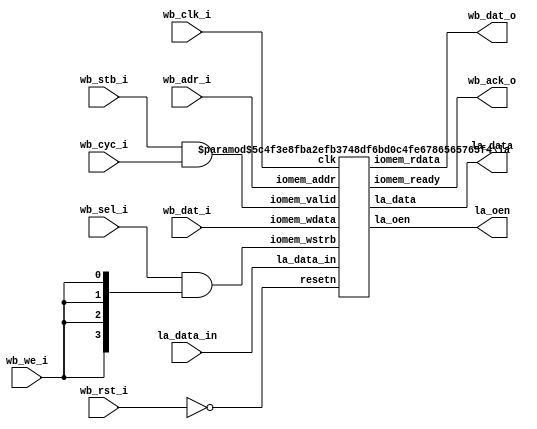
`default_nettype none
module la_wb # (
    parameter BASE_ADR  = 32'h 2200_0000,
    parameter LA_DATA_0 = 8'h00,
    parameter LA_DATA_1 = 8'h04,
    parameter LA_DATA_2 = 8'h08,
    parameter LA_DATA_3 = 8'h0c,
    parameter LA_ENA_0 = 8'h10,
    parameter LA_ENA_1 = 8'h14,
    parameter LA_ENA_2 = 8'h18,
    parameter LA_ENA_3 = 8'h1c
) (
    input wb_clk_i,
    input wb_rst_i,

    input [31:0] wb_dat_i,
    input [31:0] wb_adr_i,
    input [3:0] wb_sel_i,
    input wb_cyc_i,
    input wb_stb_i,
    input wb_we_i,

    output [31:0] wb_dat_o,
    output wb_ack_o,

    input  [127:0] la_data_in, // From MPRJ 
    output [127:0] la_data,
    output [127:0] la_oen
);

    wire resetn;
    wire valid;
    wire ready;
    wire [3:0] iomem_we;

    assign resetn = ~wb_rst_i;
    assign valid = wb_stb_i && wb_cyc_i; 

    assign iomem_we = wb_sel_i & {4{wb_we_i}};
    assign wb_ack_o = ready;

    la #(
        .BASE_ADR(BASE_ADR),
        .LA_DATA_0(LA_DATA_0),
        .LA_DATA_1(LA_DATA_1),
        .LA_DATA_2(LA_DATA_2),
        .LA_DATA_3(LA_DATA_3),
        .LA_ENA_0(LA_ENA_0),
        .LA_ENA_1(LA_ENA_1),
        .LA_ENA_2(LA_ENA_2),
        .LA_ENA_3(LA_ENA_3)
    ) la_ctrl (
        .clk(wb_clk_i),
        .resetn(resetn),
        .iomem_addr(wb_adr_i),
        .iomem_valid(valid),
        .iomem_wstrb(iomem_we),
        .iomem_wdata(wb_dat_i),
        .iomem_rdata(wb_dat_o),
        .iomem_ready(ready),
        .la_data_in(la_data_in),
        .la_data(la_data),
        .la_oen(la_oen)
    );
    
endmodule

module la #(
    parameter BASE_ADR  = 32'h 2200_0000,
    parameter LA_DATA_0 = 8'h00,
    parameter LA_DATA_1 = 8'h04,
    parameter LA_DATA_2 = 8'h08,
    parameter LA_DATA_3 = 8'h0c,
    parameter LA_ENA_0  = 8'h10,
    parameter LA_ENA_1  = 8'h14,
    parameter LA_ENA_2  = 8'h18,
    parameter LA_ENA_3  = 8'h1c
) (
    input clk,
    input resetn,

    input [31:0] iomem_addr,
    input iomem_valid,
    input [3:0] iomem_wstrb,
    input [31:0] iomem_wdata,

    output reg [31:0] iomem_rdata,
    output reg iomem_ready,

    input  [127:0] la_data_in, // From MPRJ 
    output [127:0] la_data,    // To MPRJ
    output [127:0] la_oen
);

    reg [31:0] la_data_0;		
    reg [31:0] la_data_1;		
    reg [31:0] la_data_2;		
    reg [31:0] la_data_3; 

    reg [31:0] la_ena_0;		
    reg [31:0] la_ena_1;		
    reg [31:0] la_ena_2;		
    reg [31:0] la_ena_3;    
    
    wire [3:0] la_data_sel;
    wire [3:0] la_ena_sel;

    assign la_data = {la_data_3, la_data_2, la_data_1, la_data_0};
    assign la_oen  = {la_ena_3, la_ena_2, la_ena_1, la_ena_0};

    assign la_data_sel = {
        (iomem_addr[7:0] == LA_DATA_3),
        (iomem_addr[7:0] == LA_DATA_2),
        (iomem_addr[7:0] == LA_DATA_1),
        (iomem_addr[7:0] == LA_DATA_0)
    };

    assign la_ena_sel = {
        (iomem_addr[7:0] == LA_ENA_3),
        (iomem_addr[7:0] == LA_ENA_2),
        (iomem_addr[7:0] == LA_ENA_1),
        (iomem_addr[7:0] == LA_ENA_0)
    };


    always @(posedge clk) begin
        if (!resetn) begin
            la_data_0 <= 0;
            la_data_1 <= 0;
            la_data_2 <= 0;
            la_data_3 <= 0;
            la_ena_0  <= 32'hFFFF_FFFF;  // default is tri-state buff disabled
            la_ena_1  <= 32'hFFFF_FFFF;
            la_ena_2  <= 32'hFFFF_FFFF;
            la_ena_3  <= 32'hFFFF_FFFF;
        end else begin
            iomem_ready <= 0;
            if (iomem_valid && !iomem_ready && iomem_addr[31:8] == BASE_ADR[31:8]) begin
                iomem_ready <= 1'b 1;
                
                if (la_data_sel[0]) begin
                    iomem_rdata <= la_data_0 | (la_data_in[31:0] & la_ena_0);

                    if (iomem_wstrb[0]) la_data_0[ 7: 0] <= iomem_wdata[ 7: 0];
                    if (iomem_wstrb[1]) la_data_0[15: 8] <= iomem_wdata[15: 8];
                    if (iomem_wstrb[2]) la_data_0[23:16] <= iomem_wdata[23:16];
                    if (iomem_wstrb[3]) la_data_0[31:24] <= iomem_wdata[31:24];

                end else if (la_data_sel[1]) begin
                    iomem_rdata <= la_data_1 | (la_data_in[63:32] & la_ena_1);

                    if (iomem_wstrb[0]) la_data_1[ 7: 0] <= iomem_wdata[ 7: 0];
                    if (iomem_wstrb[1]) la_data_1[15: 8] <= iomem_wdata[15: 8];
                    if (iomem_wstrb[2]) la_data_1[23:16] <= iomem_wdata[23:16];
                    if (iomem_wstrb[3]) la_data_1[31:24] <= iomem_wdata[31:24];

                end else if (la_data_sel[2]) begin
                    iomem_rdata <= la_data_2 | (la_data_in[95:64] & la_ena_2);

                    if (iomem_wstrb[0]) la_data_2[ 7: 0] <= iomem_wdata[ 7: 0];
                    if (iomem_wstrb[1]) la_data_2[15: 8] <= iomem_wdata[15: 8];
                    if (iomem_wstrb[2]) la_data_2[23:16] <= iomem_wdata[23:16];
                    if (iomem_wstrb[3]) la_data_2[31:24] <= iomem_wdata[31:24];

                end else if (la_data_sel[3]) begin
                    iomem_rdata <= la_data_3 | (la_data_in[127:96] & la_ena_3);

                    if (iomem_wstrb[0]) la_data_3[ 7: 0] <= iomem_wdata[ 7: 0];
                    if (iomem_wstrb[1]) la_data_3[15: 8] <= iomem_wdata[15: 8];
                    if (iomem_wstrb[2]) la_data_3[23:16] <= iomem_wdata[23:16];
                    if (iomem_wstrb[3]) la_data_3[31:24] <= iomem_wdata[31:24];
                end else if (la_ena_sel[0]) begin
                    iomem_rdata <= la_ena_0;

                    if (iomem_wstrb[0]) la_ena_0[ 7: 0] <= iomem_wdata[ 7: 0];
                    if (iomem_wstrb[1]) la_ena_0[15: 8] <= iomem_wdata[15: 8];
                    if (iomem_wstrb[2]) la_ena_0[23:16] <= iomem_wdata[23:16];
                    if (iomem_wstrb[3]) la_ena_0[31:24] <= iomem_wdata[31:24];
                end else if (la_ena_sel[1]) begin
                    iomem_rdata <= la_ena_1;

                    if (iomem_wstrb[0]) la_ena_1[ 7: 0] <= iomem_wdata[ 7: 0];
                    if (iomem_wstrb[1]) la_ena_1[15: 8] <= iomem_wdata[15: 8];
                    if (iomem_wstrb[2]) la_ena_1[23:16] <= iomem_wdata[23:16];
                    if (iomem_wstrb[3]) la_ena_1[31:24] <= iomem_wdata[31:24];
                end else if (la_ena_sel[2]) begin
                    iomem_rdata <= la_ena_2;

                    if (iomem_wstrb[0]) la_ena_2[ 7: 0] <= iomem_wdata[ 7: 0];
                    if (iomem_wstrb[1]) la_ena_2[15: 8] <= iomem_wdata[15: 8];
                    if (iomem_wstrb[2]) la_ena_2[23:16] <= iomem_wdata[23:16];
                    if (iomem_wstrb[3]) la_ena_2[31:24] <= iomem_wdata[31:24];
                end else if (la_ena_sel[3]) begin
                    iomem_rdata <= la_ena_3;

                    if (iomem_wstrb[0]) la_ena_3[ 7: 0] <= iomem_wdata[ 7: 0];
                    if (iomem_wstrb[1]) la_ena_3[15: 8] <= iomem_wdata[15: 8];
                    if (iomem_wstrb[2]) la_ena_3[23:16] <= iomem_wdata[23:16];
                    if (iomem_wstrb[3]) la_ena_3[31:24] <= iomem_wdata[31:24];
                end 
            end
        end
    end

endmodule
`default_nettype wire